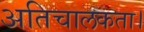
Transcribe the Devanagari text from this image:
अतिचालकता।